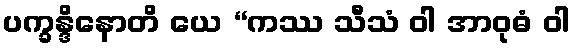
ပက္ခန္ဒိနောတိ ယေ “ကဿ သီသံ ဝါ အာဝုဓံ ဝါ